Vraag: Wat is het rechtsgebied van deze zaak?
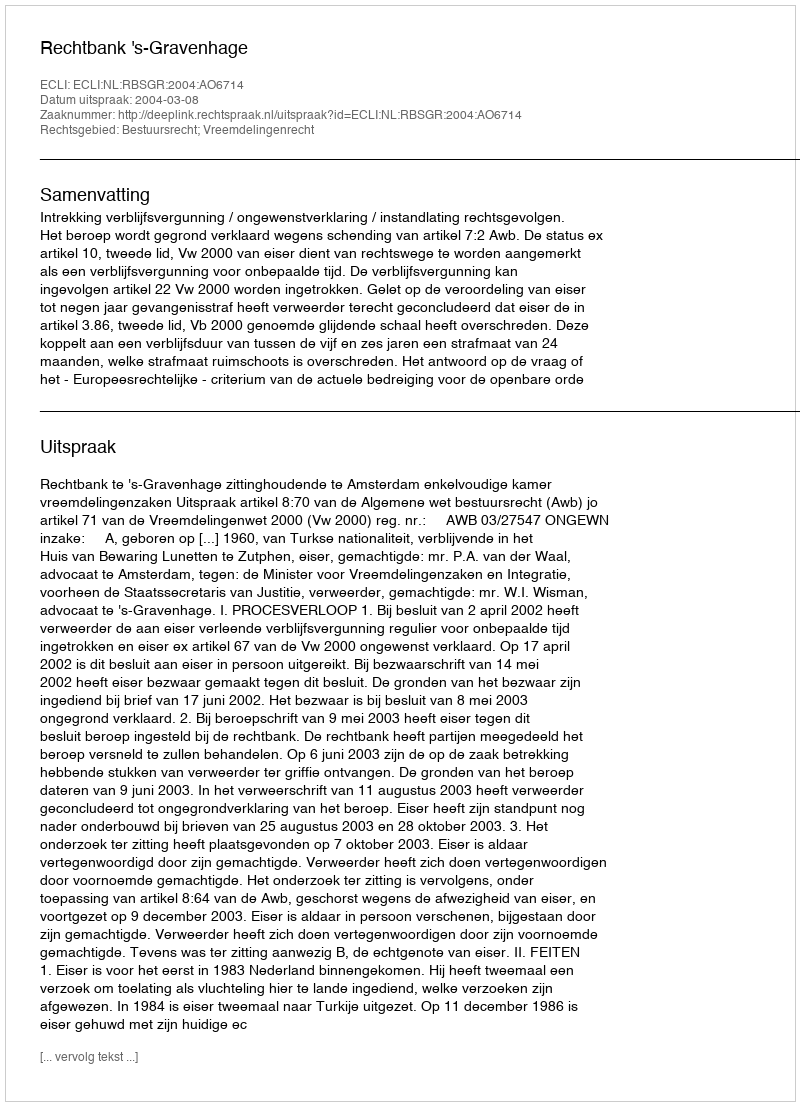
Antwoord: Bestuursrecht; Vreemdelingenrecht